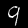
Label: 9